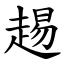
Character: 䞶